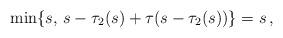
LaTeX: \begin{align*}\min \{ s, \, s - \tau_2(s) + \tau(s - \tau_2(s)) \}=s \, ,\end{align*}